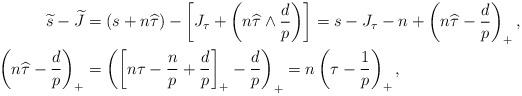
LaTeX: \begin{align*} \widetilde s-\widetilde J &=(s+n\widehat\tau)-\left[J_\tau+\left(n\widehat\tau\wedge\frac{d}{p}\right)\right] =s-J_\tau-n+\left(n\widehat\tau-\frac{d}{p}\right)_+, \\ \left(n\widehat\tau-\frac{d}{p}\right)_+ &=\left(\left[n\tau-\frac{n}{p}+\frac{d}{p}\right]_+-\frac{d}{p}\right)_+ =n\left(\tau-\frac{1}{p}\right)_+,\end{align*}